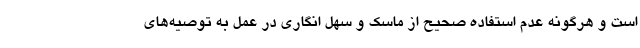
است و هرگونه عدم استفاده صحیح از ماسک و سهل انگاری در عمل به توصیه‌های